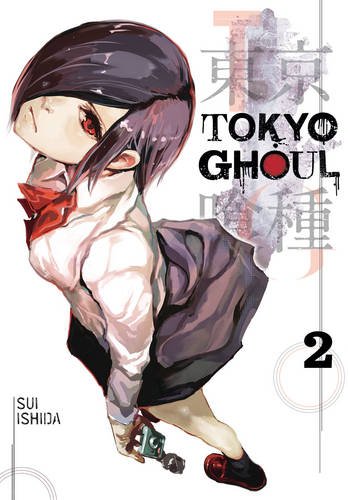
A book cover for Tokyo Ghoul, Vol. 2; Sui Ishida; Comics & Graphic Novels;